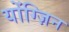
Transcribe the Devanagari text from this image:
योंग्ज़िन